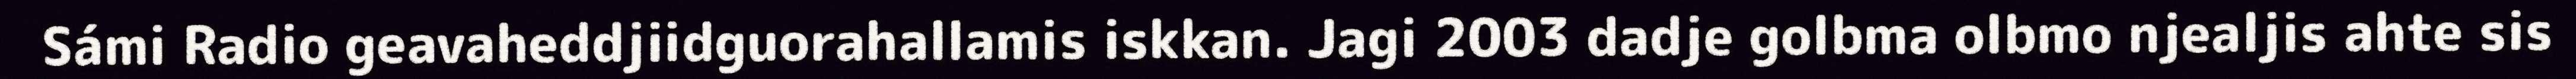
Sámi Radio geavaheddjiidguorahallamis iskkan. Jagi 2003 dadje golbma olbmo njealjis ahte sis